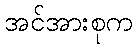
အင်အားစုက